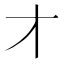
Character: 𬺱